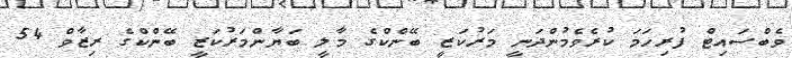
ވެބްސައިޓް ފުރިހަމަ ކުރެވެމުންދަނީ މަރުކަޒީ ބޭންކްގެ މާލީ ބަޔާންމަރުކަޒީ ބޭންކްގެ ރިޒާވް 54